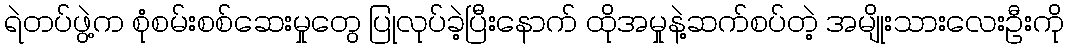
ရဲတပ်ဖွဲ့က စုံစမ်းစစ်ဆေးမှုတွေ ပြုလုပ်ခဲ့ပြီးနောက် ထိုအမှုနဲ့ဆက်စပ်တဲ့ အမျိုးသားလေးဦးကို